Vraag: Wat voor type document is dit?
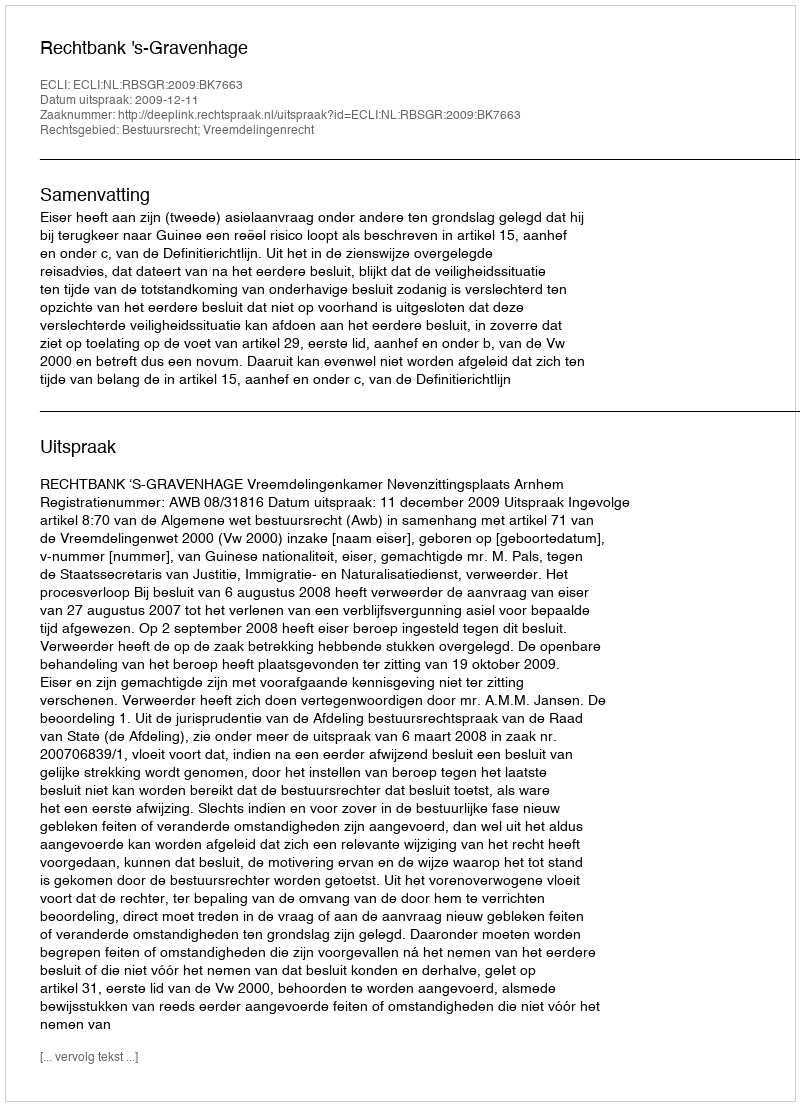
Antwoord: Uitspraak